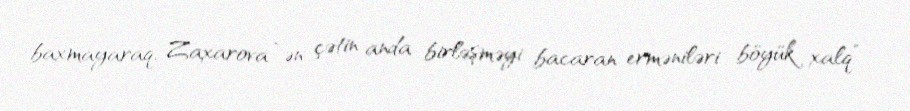
baxmayaraq, Zaxarova “ən çətin anda birləşməyi bacaran erməniləri böyük xalq”